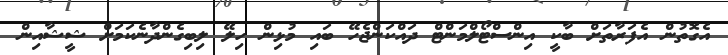
އެގޮތުން އެފަރާތަށް ބާކީ އިންސްޓޯލްމަންޓް ދައްކަންޖެހޭ ބައި މުޅިން ހިލޭ ލިބިގެންދާނެކަމަށް ޝީޝާއިން